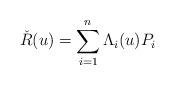
LaTeX: \begin{align*} \check{R}(u) = \sum_{i=1} ^{n} \Lambda_i(u) P_i\end{align*}